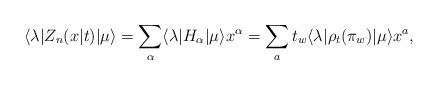
LaTeX: \begin{align*}\langle \lambda |Z_{n}(x|t)|\mu \rangle =\sum_{\alpha }\langle \lambda|H_{\alpha }|\mu \rangle x^{\alpha }=\sum_{a}t_{w}\langle \lambda |\rho_{t}(\pi _{w})|\mu \rangle x^{a},\end{align*}